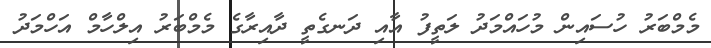
މެމްބަރު ހުސައިން މުހައްމަދު ލަތީފު އާއި ދަނގެތީ ދާއިރާގެ މެމްބަރު އިލްހާމް އަހްމަދު